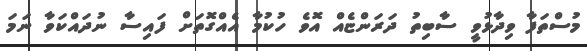
މުސްތަފާ ވިދާޅުވީ ސާބިތު ދަރަންޏެއް އޮވެ ހުކުމާ އެއްގޮތަށް ފައިސާ ނުދައްކަވާ ނަމަ